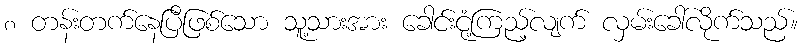
၈ တန်းတက်နေပြီဖြစ်သော သူ့သားအား ခေါင်းငုံ့ကြည့်လျက် လှမ်းခေါ်လိုက်သည်။